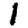
Digit: 1